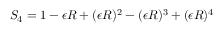
S _ { 4 } = 1 - \epsilon R + ( \epsilon R ) ^ { 2 } - ( \epsilon R ) ^ { 3 } + ( \epsilon R ) ^ { 4 }